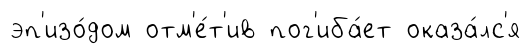
эп'изо́дом отм'е́т'ив пог'иба́ет оказа́лс'я